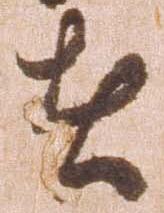
者